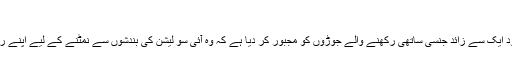
'
لیکن لاک ڈاون نے دنیا بھر میں موجود ایک سے زائد جنسی ساتھی رکھنے والے جوڑوں کو مجبور کر دیا ہے کہ وہ آئی سو لیشن کی بندشوں سے نمٹنے کے لیے اپنے رشتوں کی صورت حال کو تبدیل کریں۔